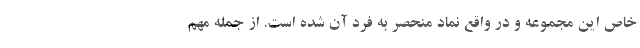
خاص این مجموعه و در واقع نماد منحصر به فرد آن شده است. از جمله مهم